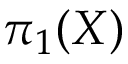
\pi _ { 1 } ( X )